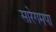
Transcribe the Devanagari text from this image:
सारेगमपा